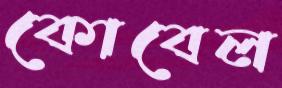
কোবেল